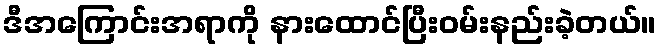
ဒီအကြောင်းအရာကို နားထောင်ပြီးဝမ်းနည်းခဲ့တယ်။